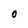
Character: O